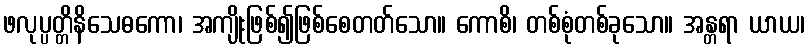
ဖလုပ္ပတ္တိနိသေဓကော၊ အကျိုးဖြစ်၍ဖြစ်စေတတ်သော။ ကောစိ၊ တစ်စုံတစ်ခုသော။ အန္တရာ ယာယ၊